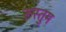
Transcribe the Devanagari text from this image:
रूस्तुम